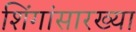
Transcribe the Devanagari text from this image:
शिंगांसारख्या